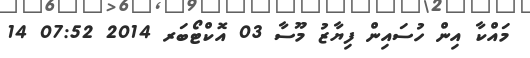
މައްކާ އިން ހުސައިން ފިޔާޒު މޫސާ 03 އޮކްޓޯބަރ 2014 07:52 14